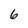
Character: 6